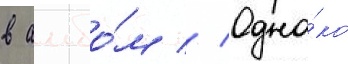
в альбо́м // Одна́ко